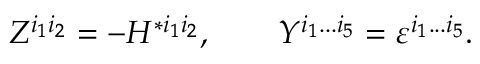
Z ^ { i _ { 1 } i _ { 2 } } = - H ^ { * i _ { 1 } i _ { 2 } } , \qquad Y ^ { i _ { 1 } . . . i _ { 5 } } = \varepsilon ^ { i _ { 1 } . . . i _ { 5 } } .